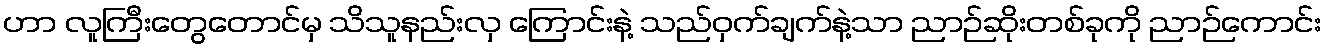
ဟာ လူကြီးတွေတောင်မှ သိသူနည်းလှ ကြောင်းနဲ့ သည်ဝှက်ချက်နဲ့သာ ညာဉ်ဆိုးတစ်ခုကို ညာဉ်ကောင်း